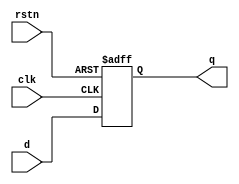
module std_dffr (
	clk,
	rstn,
	d,
	q
);
	parameter WIDTH = 8;
	input clk;
	input rstn;
	input [WIDTH - 1:0] d;
	output wire [WIDTH - 1:0] q;
	reg [WIDTH - 1:0] dff_q;
	always @(posedge clk or negedge rstn)
		if (~rstn)
			dff_q <= {WIDTH {1'b0}};
		else
			dff_q <= d;
	assign q = dff_q;
endmodule